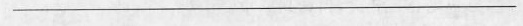
___